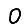
Digit: 0